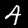
Digit: 4